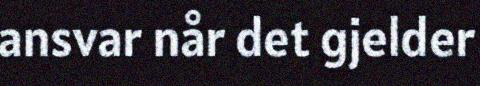
ansvar når det gjelder